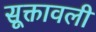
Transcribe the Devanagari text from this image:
सूक्तावली